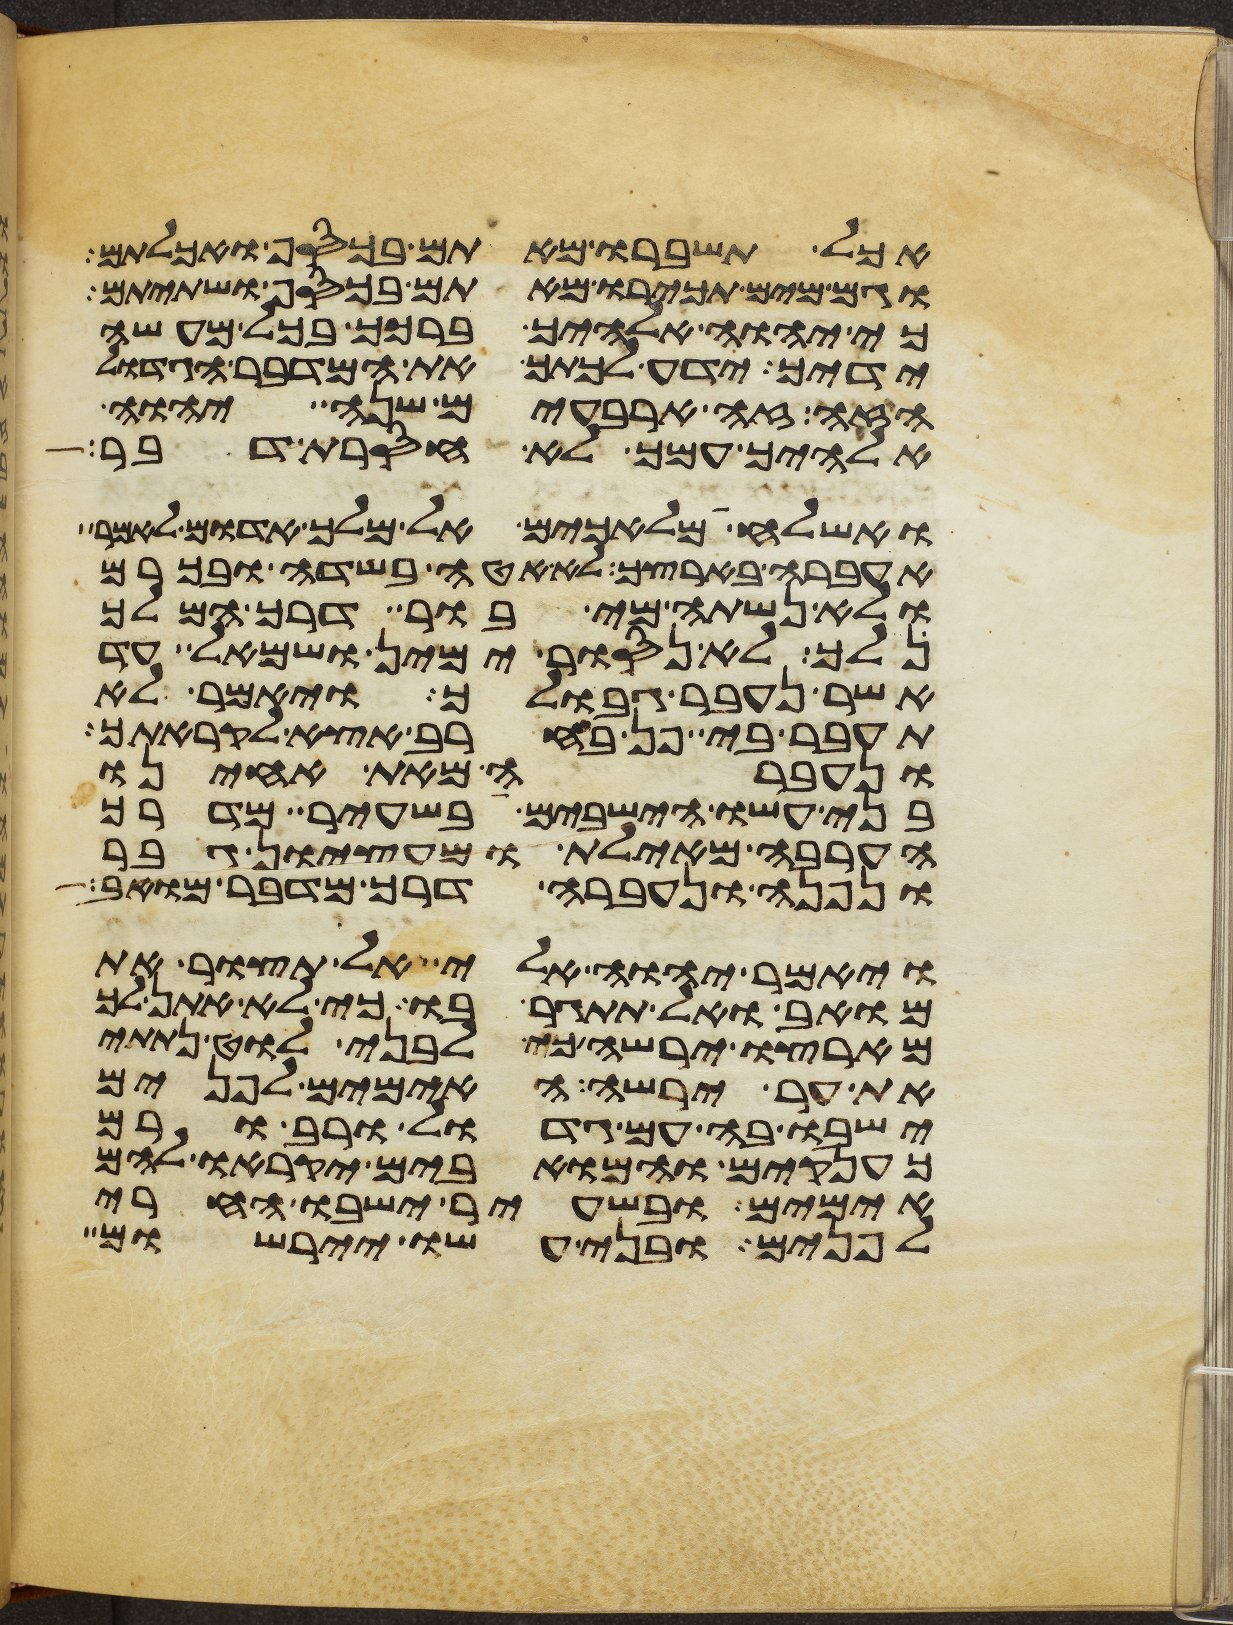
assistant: אכל תשברו מאתם בכסף ואכלתם
וגם מים תכירו מאתם בכסף ושתיתם
כי יהוה אלהיך ברכך בכל מעשה
ידיך ידע לכתך את המדבר הגדול
הזה זה ארבעים שנה יהוה
אלהיך עמך לא חסרת דבר
ואשלחה מלאכים אל מלך אדום לאמר
אעברה בארצך לא אטה בשדה ובכרם
ולא נשתה מי בור דרך המלך
נלך לא נסור ימין ושמאל עד
אשר נעבר גבולך ויאמר לא
תעבר בי פן בחרב אצא לקראתך
ונעברה מאת אחינו
בני עשו הישבים בשעיר מדרך
הערבה מאילת ומעציון גבר
ונפנה ונעברה דרך מדבר מואב
ויאמר יהוה אלי אל תצור את
מואב ואל תתגר בו כי לא אתן לך
מארצו ירשה כי לבני לוט נתתי
את ער ירשה האימים לפנים
ישבו בה עם גדול ורב ורם
כענקים והמואבים יקראו להם
אימים ובשעיר ישבו החרי
לפנים ובני עשו יירשום